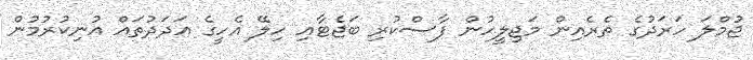
ޖުމްލަ ހަރަދުގެ ތެރެއިން މަޖިލީހުން ފާސްކުރި ބަޖެޓާއި ހިލޭ އެހީގެ އަދަދުތައް އުނިކުރުމުން